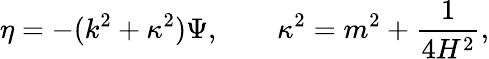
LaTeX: \eta=-(k^{2}+\kappa^{2})\Psi,\qquad\kappa^{2}=m^{2}+\frac{1}{4H^{2}},